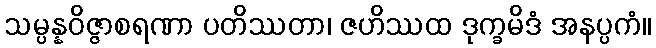
သမ္ပန္နဝိဇ္ဇာစရဏာ ပတိဿတာ၊ ဇဟိဿထ ဒုက္ခမိဒံ အနပ္ပကံ။